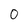
Character: 0